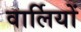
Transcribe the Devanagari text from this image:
वार्लियों